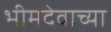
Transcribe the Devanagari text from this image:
भीमदेवाच्या